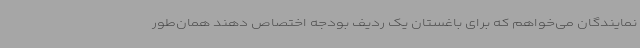
نمایندگان می‌خواهم که برای باغستان یک ردیف بودجه اختصاص دهند همان‌طور